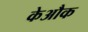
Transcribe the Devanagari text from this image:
केऔक